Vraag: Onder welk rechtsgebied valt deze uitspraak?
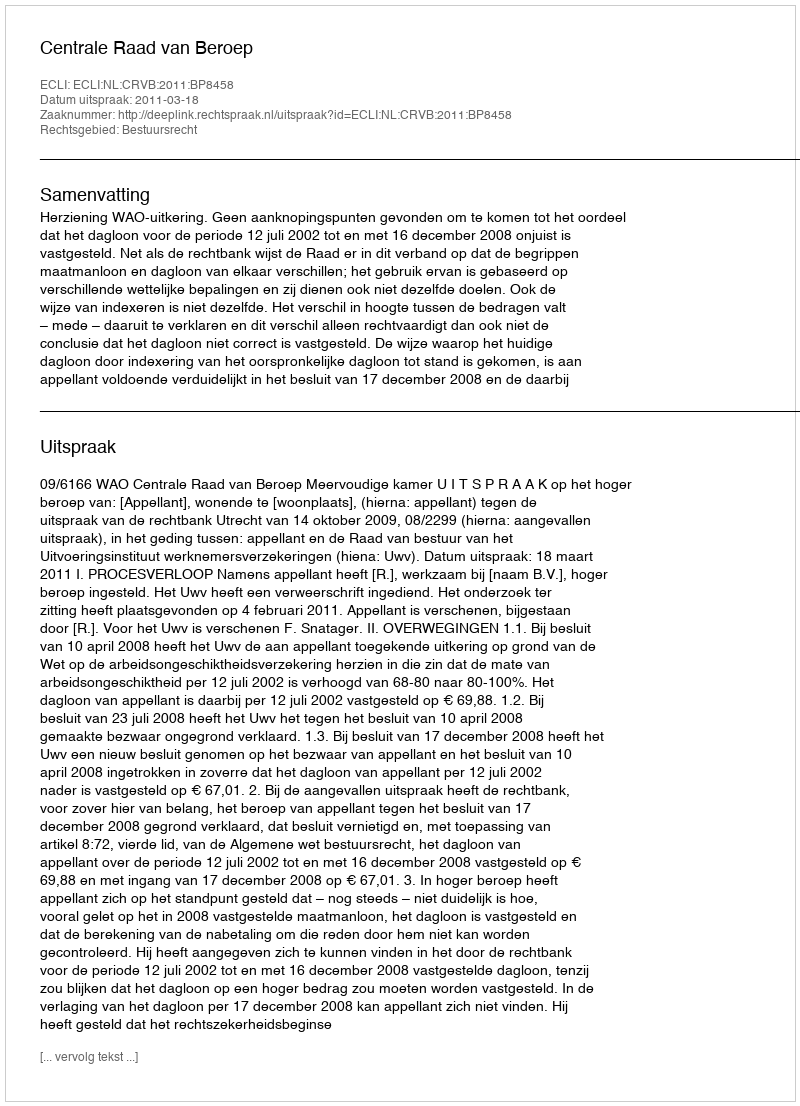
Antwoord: Bestuursrecht